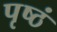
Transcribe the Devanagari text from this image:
पृष्ठं